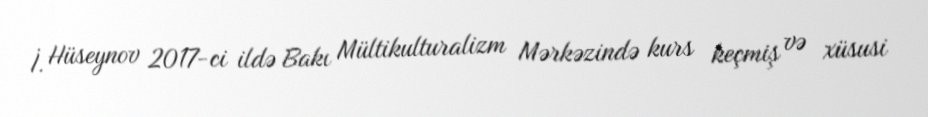
İ. Hüseynov 2017-ci ildə Bakı Mültikulturalizm Mərkəzində kurs keçmiş və xüsusi